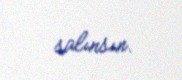
salınsın.